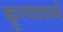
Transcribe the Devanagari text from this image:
क्रूरपणाने